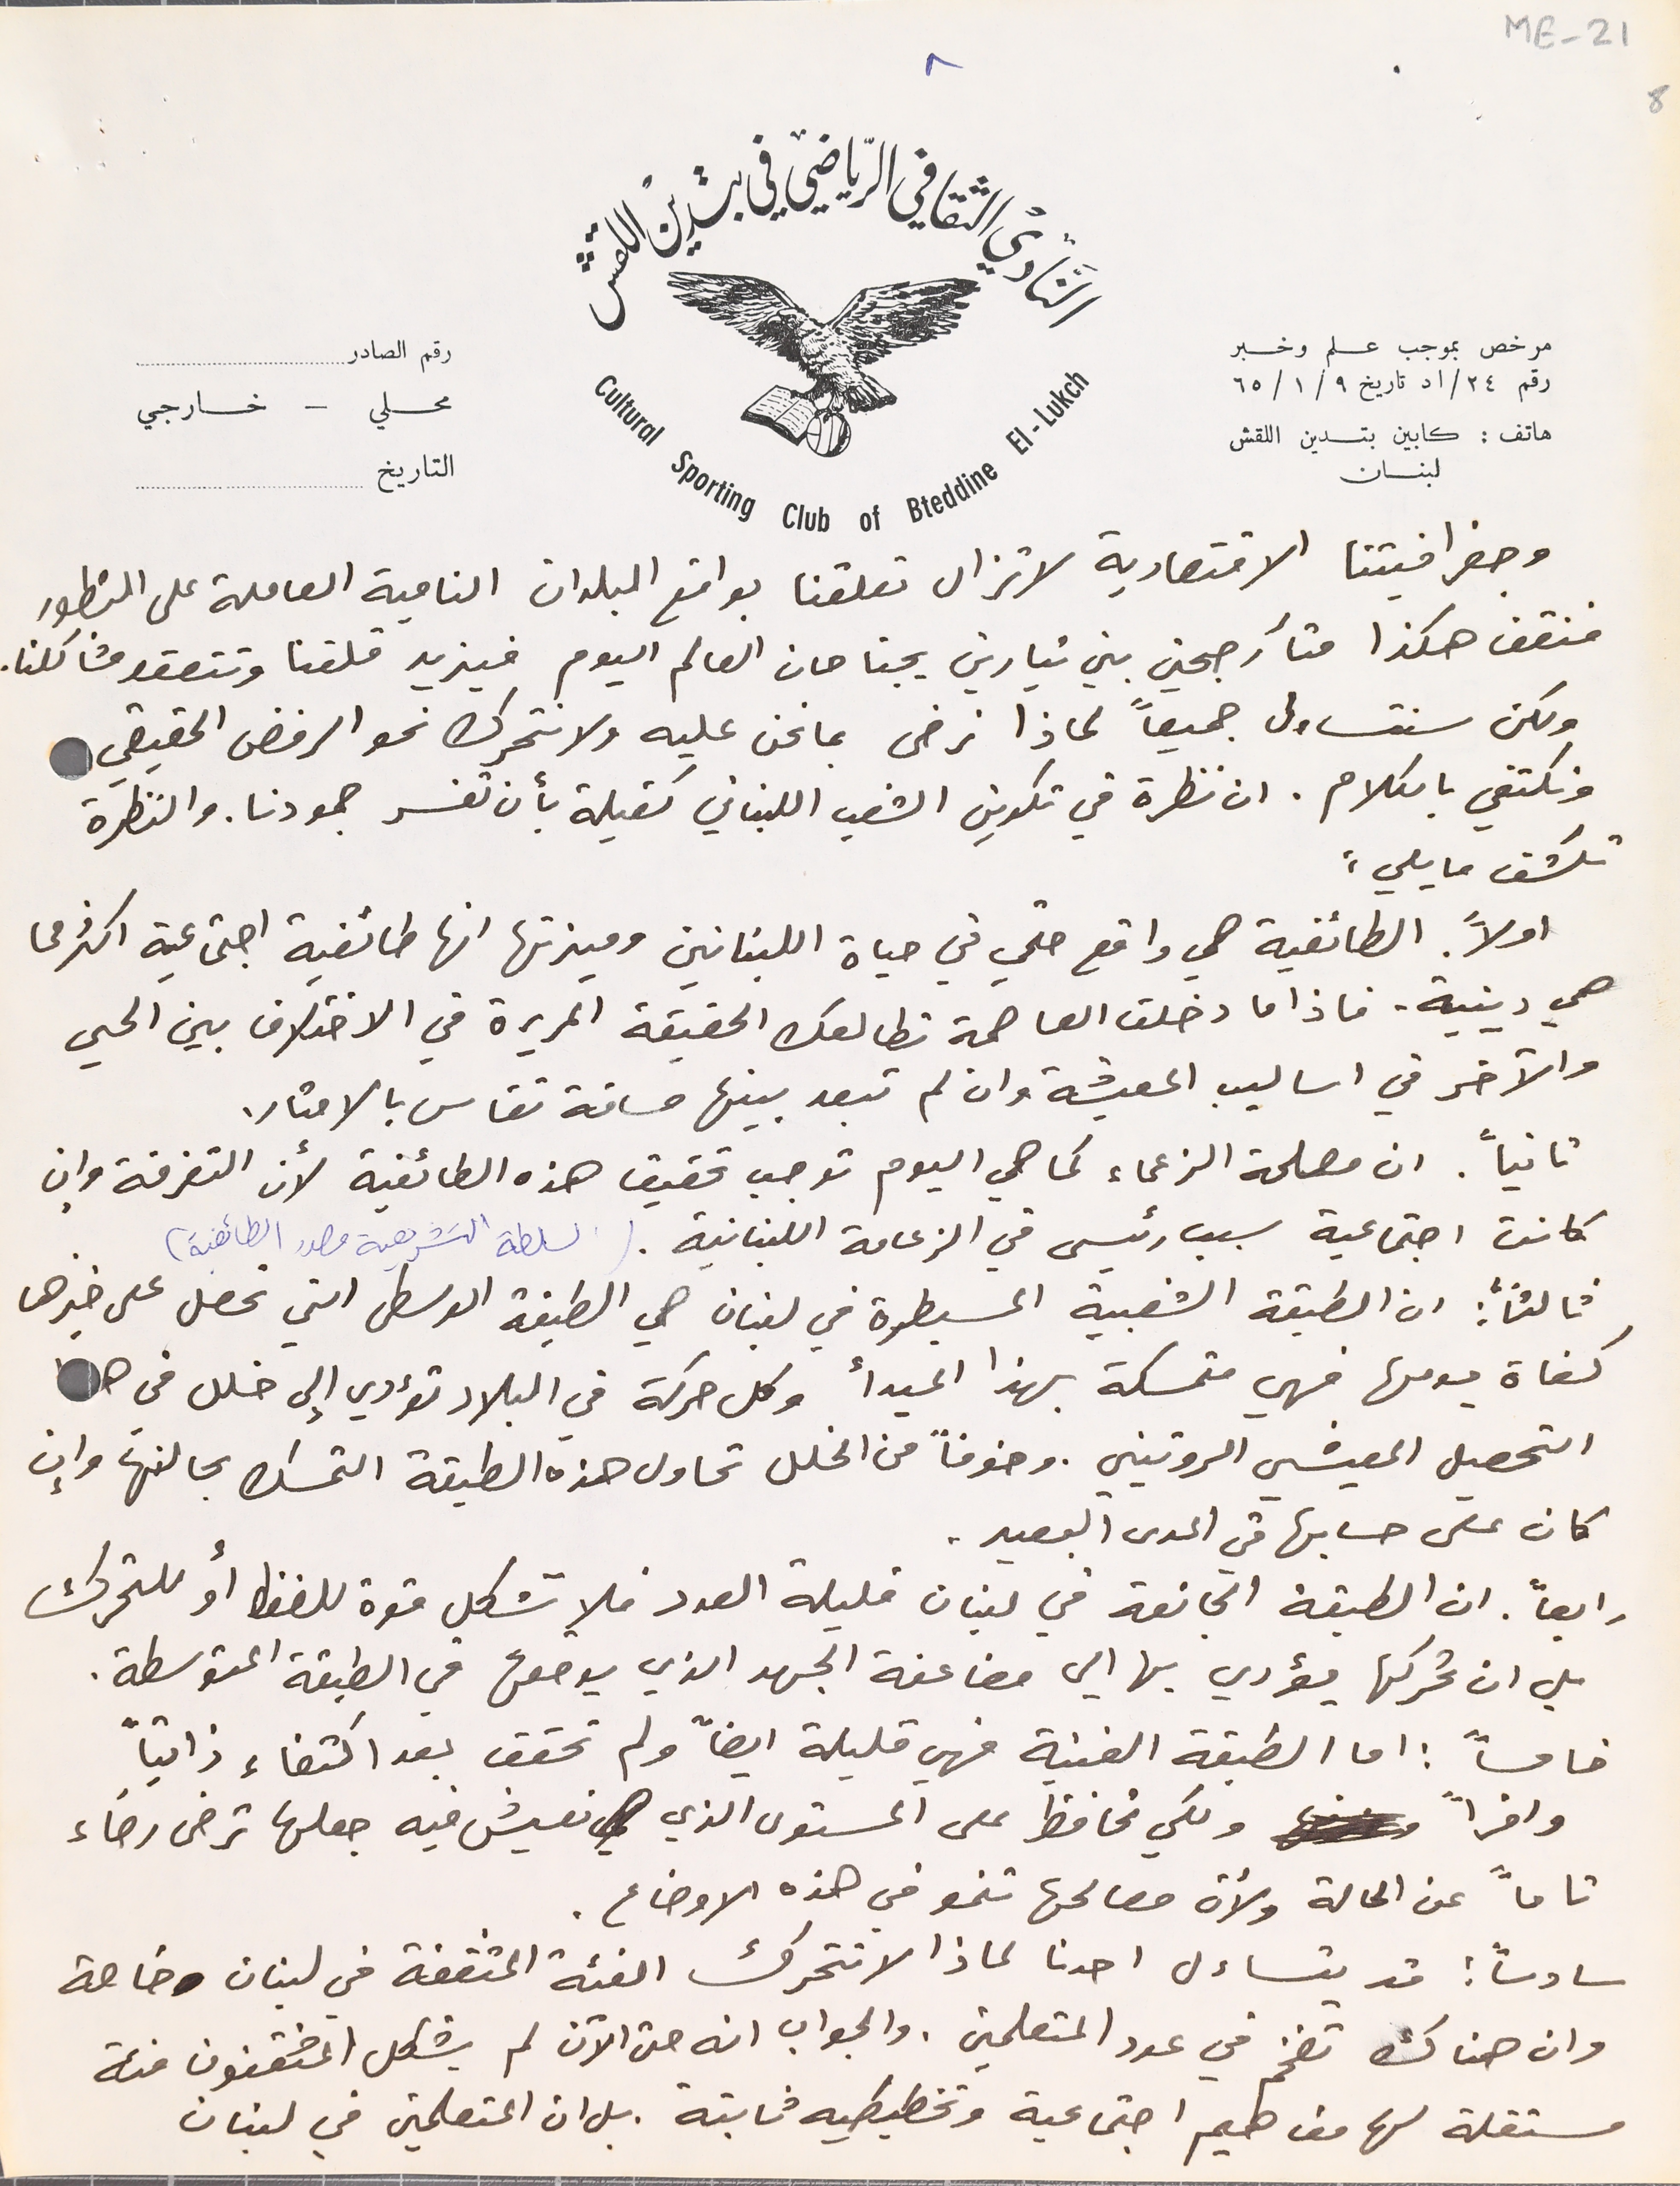
ME- 21 8
هاتف : كابين بتدين اللقش لبنان
التاريخ
وجغرافيتنا الاقتصادية لا تزال تعلقنا بواقع البلدان النامية العاملة على التطور
 فنقف هكذا متآرجحين بين تيارين يجتاحان العالم اليوم فيزيد قلقنا وتتعقد مشاكلنا.
 ولكن سنتساءل جميعاً لماذا نرضى بما نحن عليه ولا نتحرك نحو الرفض الحقيقي
ونكتفي بالكلام. ان نظرة في تكوين الشعب اللبناني كفيلة بأن تفسر جمودنا. والنظرة
تكشف مايلي:
 اولاً

اولاً. الطائفية هي واقع حتمي في حياة اللبنانين وميزتها انها طائفية اجتماعية اكثر مما
 هي دينية. فاذا ما دخلت العاصمة تطالعك الحقيقة المريرة في الاختلاف بين الحي
والآخر في اساليب المعيشة وان لم تبعد بينها مسافة تقاس بالامتار.
 ثانياً. ان مصلحة الزعماء كما هي اليوم توجب تحقيق هذه الطائفية لأن التفرقة وإن
 كانت اجتماعية سبب رئيسي في الزعامة اللبنانية. (السلطة التشريعية مصدر الطائفية)
 ثالثاً: ان الطبقة الشعبية المسيطرة في لبنان هي الطبقة الوسطى التي تحصل على خيرها
 كفاة يومها فهي متمسكة بهذا المبدأ وكل حركة فى البلاد تؤدي إلى خلل فى هذا
التحصيل المعيشي الروتيني. وخوفاً من الخلل تحاول هذه الطبقة التمسك بحالتها وإن
 كان على حسابها في المدى البعيد.
رابعاً. ان الطبقة الجائعة في لبنان قليلة العدد فلا تشكل قوة للضغط أو للتحرك
بل ان تحركها يؤدي بها الي مضاعفة الجهد الذي يوضعها في الطبقة المتوسطة.
خامساً: اما الطبقة الغنية فهي قليلة ايضاً ولم تحقق بعد اكتفاء ذاتياً
 واخراً ولكي تحافظ على المستوى الذي نعيش فيه جعلها ترضى رضاء
تاماً عن الحالة ولأن مصالحها تنمو في هذه الاوضاع.
سادساً: قد يتساءل احدنا لماذ لاتتحرك الفئة المثقفة في لبنان خاصة
مرخص بموجب علم وخبر رقم ٢٤/اد تاريخ ٩/ ١/ ٦٥
رقم الصادر
 محلي – خارجي

وان هناك تضخم في عدد المتعلمين. والجواب انه حتى الآن لم يشكل المثقفون فئة
مستقلة لها مفاهيم اجتماعية وتخطيطيه ثابتة بل ان المتعلمين في لبنان
النَادي الثقافي الرياضي في بتدين اللقش
٨